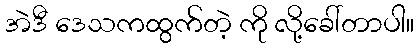
အဲဒီ ဒေသကထွက်တဲ့ ကို လို့ခေါ်တာပါ။